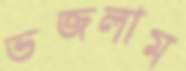
ভজলাম